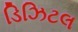
ડિઝિટલ